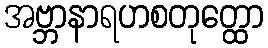
အဗ္ဘာနာရဟစတုတ္ထော